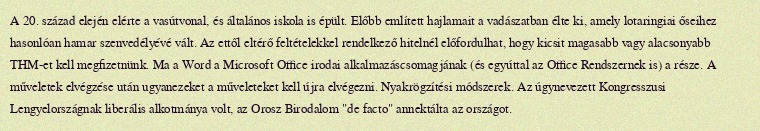
A 20. század elején elérte a vasútvonal, és általános iskola is épült. Előbb említett hajlamait a vadászatban élte ki, amely lotaringiai őseihez hasonlóan hamar szenvedélyévé vált. Az ettől eltérő feltételekkel rendelkező hitelnél előfordulhat, hogy kicsit magasabb vagy alacsonyabb THM-et kell megfizetnünk. Ma a Word a Microsoft Office irodai alkalmazáscsomagjának (és egyúttal az Office Rendszernek is) a része. A műveletek elvégzése után ugyanezeket a műveleteket kell újra elvégezni. Nyakrögzítési módszerek. Az úgynevezett Kongresszusi Lengyelországnak liberális alkotmánya volt, az Orosz Birodalom "de facto" annektálta az országot.